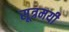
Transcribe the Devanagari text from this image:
सूत्रमयी